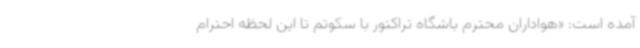
آمده است: «هواداران محترم باشگاه تراکتور با سکوتم تا این لحظه احترام